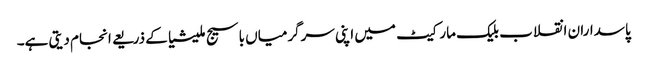
پاسداران انقلاب بلیک مارکیٹ میں اپنی سرگرمیاں باسیج ملیشیا کے ذریعے انجام دیتی ہے۔